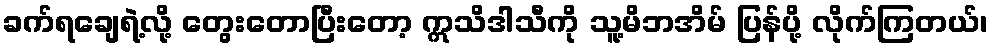
ခက်ရချေရဲ့လို့ တွေးတောပြီးတော့ ဣသိဒါသီကို သူ့မိဘအိမ် ပြန်ပို့ လိုက်ကြတယ်၊